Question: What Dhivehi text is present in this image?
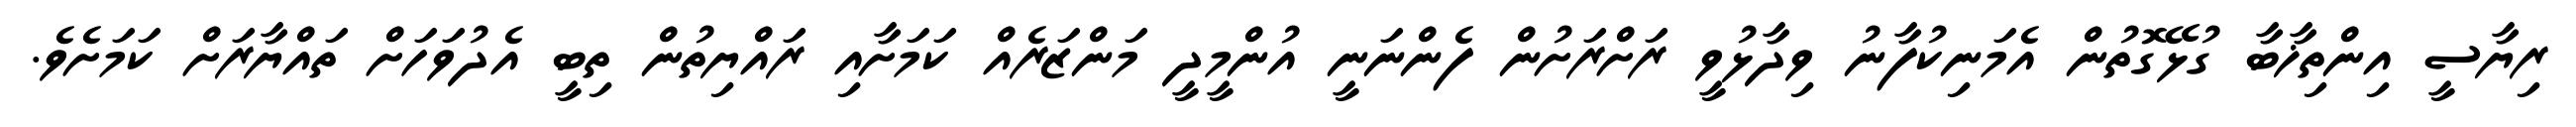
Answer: ރިޔާސީ އިންތިޚާބާ ގުޅޭގޮތުން އެމަނިކުފާނު ވިދާޅުވީ ރަށްރަށުން ފެންނަނީ އުންމީދީ މަންޒަރެއް ކަމަށާއި ރައްޔިތުން ތިބީ އެދުވަހަށް ތައްޔާރަށް ކަމަށެވެ.